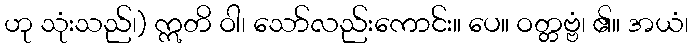
ဟု သုံးသည်၊) ဣတိ ဝါ၊ သော်လည်းကောင်း။ ပေ။ ဝတ္တဗ္ဗံ၊ ၏။ အယံ၊